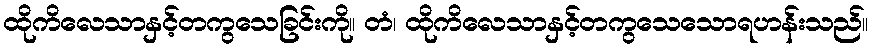
ထိုကိလေသာနှင့်တကွသေခြင်းကို။ တံ၊ ထိုကိလေသာနှင့်တကွသေသောရဟန်းသည်။